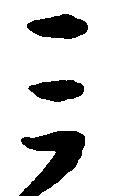
ミ